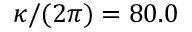
\kappa / { ( 2 \pi ) } = 8 0 . 0